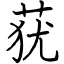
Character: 莸